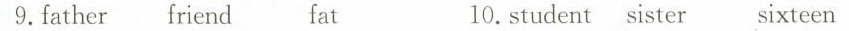
9. father friend fat 10. student sister sixteen